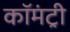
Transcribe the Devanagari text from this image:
कॉमंट्री